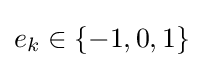
e_{k}\in \{-1,0,1\}